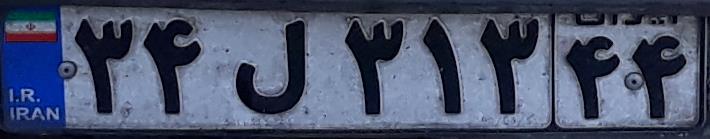
۳۴ل۳۱۳۴۴